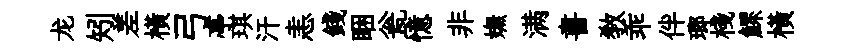
龙矧差横弓亭琪汗恚錢睏瓮憶非嫵满書敎乖伴瑯棧鰥横